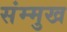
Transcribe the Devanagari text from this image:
संम्मुख